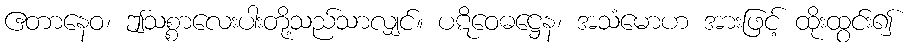
ဧတာနေဝ၊ ဤသစ္စာလေးပါးတို့သည်သာလျှင်။ ပဋိဝေဓဋ္ဌေန၊ အသံမောဟ အားဖြင့် ထိုးထွင်း၍